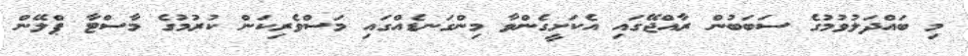
މި ބައްދަލުވުމުގެ ސަބަބުން ރާއްޖޭގައި އެކަށީގެންވާ މިންގަނޑެއްގައި މަސްވެރިކަން ކުރުމުގެ މާސްޓާ ޕްލޭން